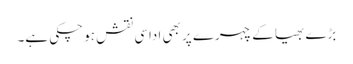
بڑے بھیا کے چہرے پر بھی اداسی نقش ہو چکی ہے۔